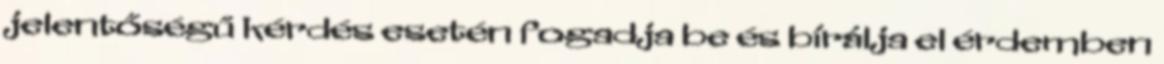
jelentőségű kérdés esetén fogadja be és bírálja el érdemben